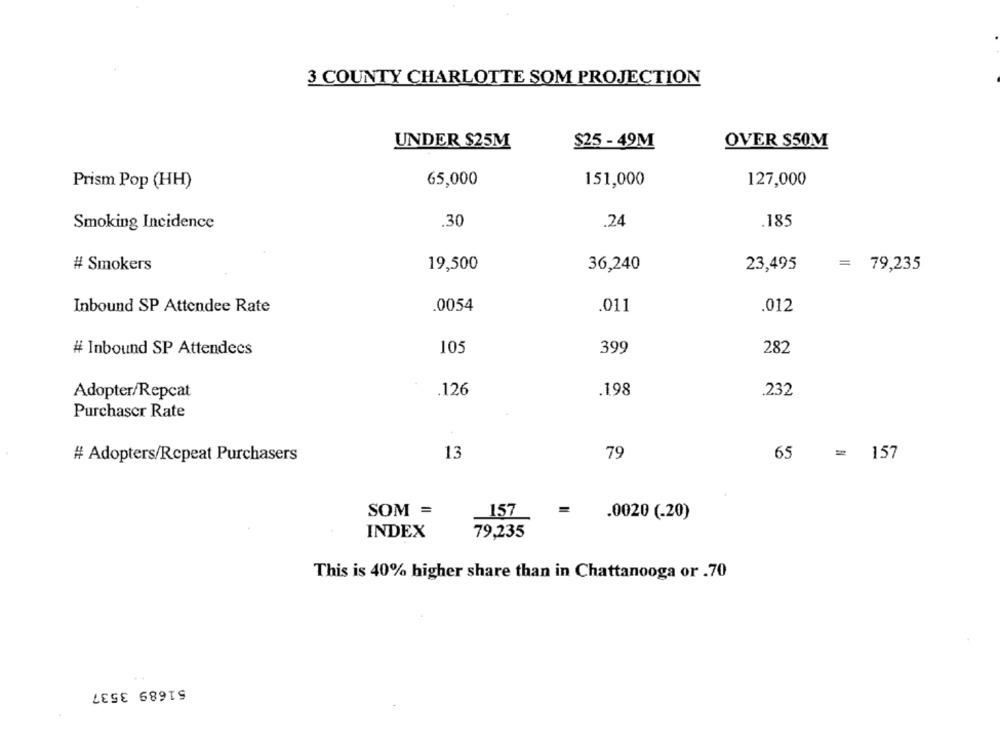
3 COUNTY CHARLOTTE SOM PROJECTION
UNDER $25M
$25 - 49M
OVER $50M
Prism Pop (HH)
65,000
151,000
127,000
.30
Smoking Incidence
.24
.185
# Smokers
19,500
36,240
23,495
= 79,235
Inbound SP Attendee Rate
.0054
.011
.012
105
# Inbound SP Attendees
399
282
Adopter/Repcat
.126
.198
.232
Purchaser Rate
# Adopters/Repeat Purchasers
13
79
65 = 157
SOM =
157
.0020 (-20)
INDEX
79,235
This is 40% higher share than in Chattanooga or .70
51689 3537